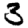
Digit: 3